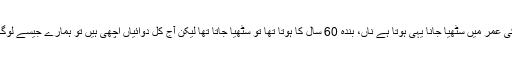
60 سال کی عمر میں سٹھیا جانا یہی ہوتا ہے ناں، بندہ 60 سال کا ہوتا تھا تو سٹھیا جاتا تھا لیکن آج کل دوائیاں اچھی ہیں تو ہمارے جیسے لوگ زندہ ہیں۔